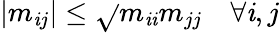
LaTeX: \left|m_{\mathit{i}j}\right|\leq{\sqrt{}{{m_{\mathit{i}\mathit{i}}m_{jj}}}}\quad\forall\mathit{i},j